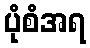
ပုံစံအရ